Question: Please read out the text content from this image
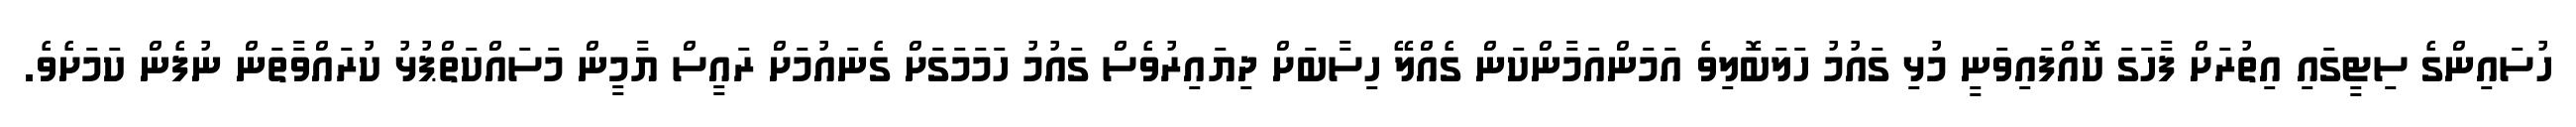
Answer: ހުސައިންގެ ސިޓީގައި އިތުރަށް ފާހަގަ ކޮއްފައިވަނީ މުޅި ގައުމު ހަލަބޮލިވެ އަމަންއަމާންކަން ގެއްލޭ ހިސާބަށް ދިޔައިރުވެސް ގައުމު ހަމަމަގަށް ގެނައުމަށް ރައީސް ޔާމީން މަސައްކަތްޕުޅު ކުރައްވާތަން ނުފެން ކަމަށެވެ.